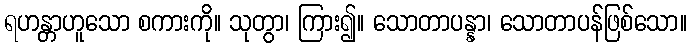
ရဟန္တာဟူသော စကားကို။ သုတွာ၊ ကြား၍။ သောတာပန္နာ၊ သောတာပန်ဖြစ်သော။